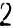
2